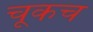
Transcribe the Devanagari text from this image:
चूकच